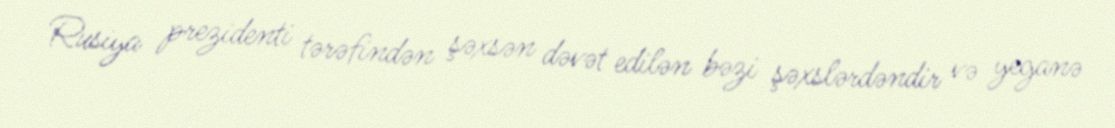
Rusiya prezidenti tərəfindən şəxsən dəvət edilən bəzi şəxslərdəndir və yeganə